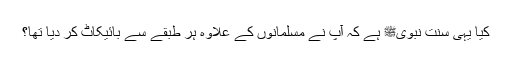
کیا یہی سنت نبویﷺ ہے کہ آپ نے مسلمانوں کے علاوہ ہر طبقے سے بائیکاٹ کر دیا تھا؟